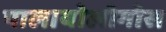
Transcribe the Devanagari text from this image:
पालायोलोगोस